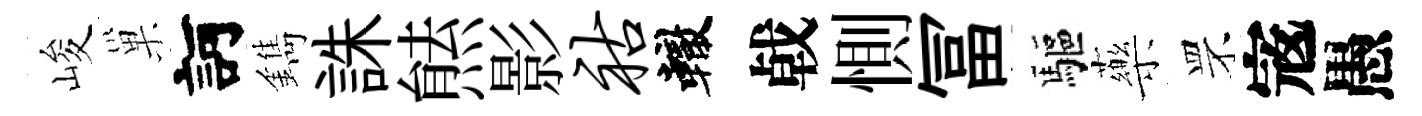
峻巢訶鐫誅㷱影祜轍㦸惻冨驅藥罘𡨥愚